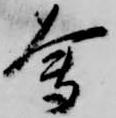
会